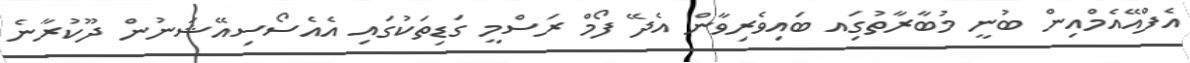
އެފްއޭއެމްއިން ބުނީ މުބާރާތުގަިއ ބައިވެރިވާން އެދޭ ފޯމް ރަސްމީ ގަޑިތަކުގައި އެއެސޯސިއޭޝަނުން ދޫކުރާނެ